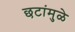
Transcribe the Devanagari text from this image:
छटांमुळे